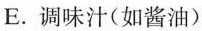
E.调味汁(如酱油)